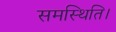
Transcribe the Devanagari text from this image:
समस्थिति।